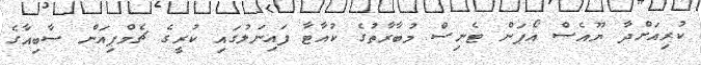
ކުރިއަށްދާ ޔޫއެސް އޯޕަން ޓެނިސް މުބާރާތުގެ ކުއާޓާ ފައިނަލުގައި ކުރީގެ ޗެމްޕިއަން ސާބިއާގެ